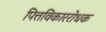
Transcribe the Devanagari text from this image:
पित्तविकाररोधक